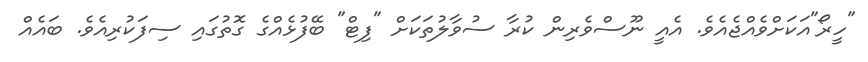
"ހީރޯ"އަކަށްވެއްޖެއެވެ. އެއީ ނޫސްވެރިން ކުރާ ސުވާލުތަކަށް "ފިޓް" ބޭފުޅެއްގެ ގޮތުގައި ސިފަކުރިއެވެ. ބައެއް